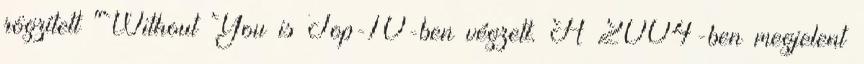
rögzített "Without You is Top-10-ben végzett. A 2004-ben megjelent